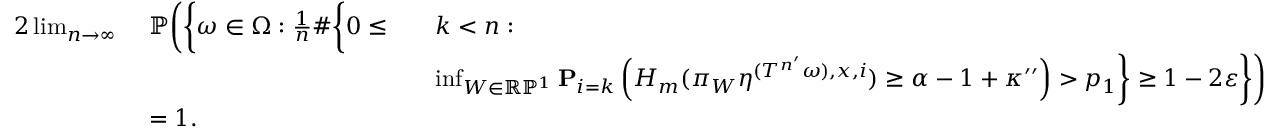
\begin{array} { r l r l } { { 2 } \operatorname* { l i m } _ { n \to \infty } \ } & { \mathbb P \bigg ( \bigg \{ \omega \in \Omega : \frac { 1 } { n } \# \bigg \{ 0 \leq } & & { k < n : } \\ & { } & & { \operatorname* { i n f } _ { W \in \mathbb R \mathbb P ^ { 1 } } \mathbf P _ { i = k } \left( H _ { m } ( \pi _ { W } \eta ^ { ( T ^ { n ^ { \prime } } \omega ) , x , i } ) \geq \alpha - 1 + \kappa ^ { \prime \prime } \right) > p _ { 1 } \bigg \} \geq 1 - 2 \varepsilon \bigg \} \bigg ) } \\ & { = 1 . } & & { } \end{array}